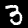
Label: 3